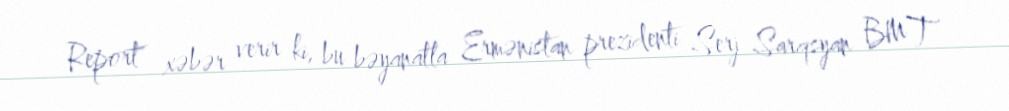
Report" xəbər verir ki, bu bəyanatla Ermənistan prezidenti Serj Sarqsyan BMT